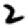
Digit: 2